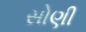
સોણી